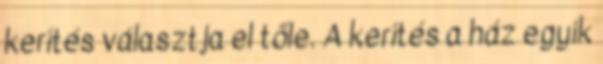
kerítés választja el tőle. A kerítés a ház egyik